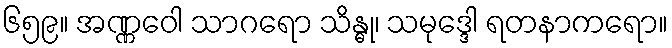
၆၅၉။ အဏ္ဏဝေါ သာဂရော သိန္ဓု၊ သမုဒ္ဒေါ ရတနာကရော။